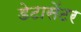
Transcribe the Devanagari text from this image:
डेटासेंटर